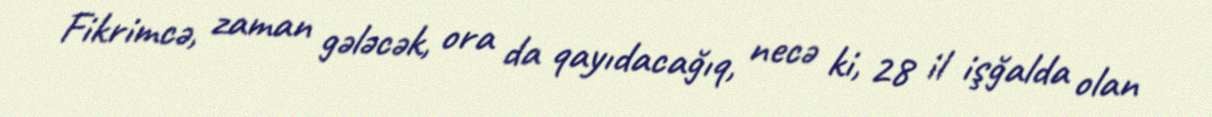
Fikrimcə, zaman gələcək, ora da qayıdacağıq, necə ki, 28 il işğalda olan